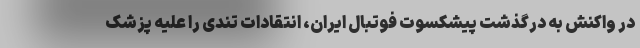
در واکنش به درگذشت پیشکسوت فوتبال ایران، انتقادات تندی را علیه پزشک